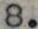
8.